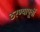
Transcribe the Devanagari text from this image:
ठरण्यापूर्वी